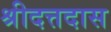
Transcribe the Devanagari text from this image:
श्रीदत्तदास